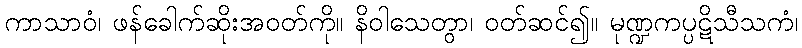
ကာသာဝံ၊ ဖန်ခေါက်ဆိုးအဝတ်ကို။ နိဝါသေတွာ၊ ဝတ်ဆင်၍။ မုဏ္ဍကပ္ပဋိသီသကံ၊